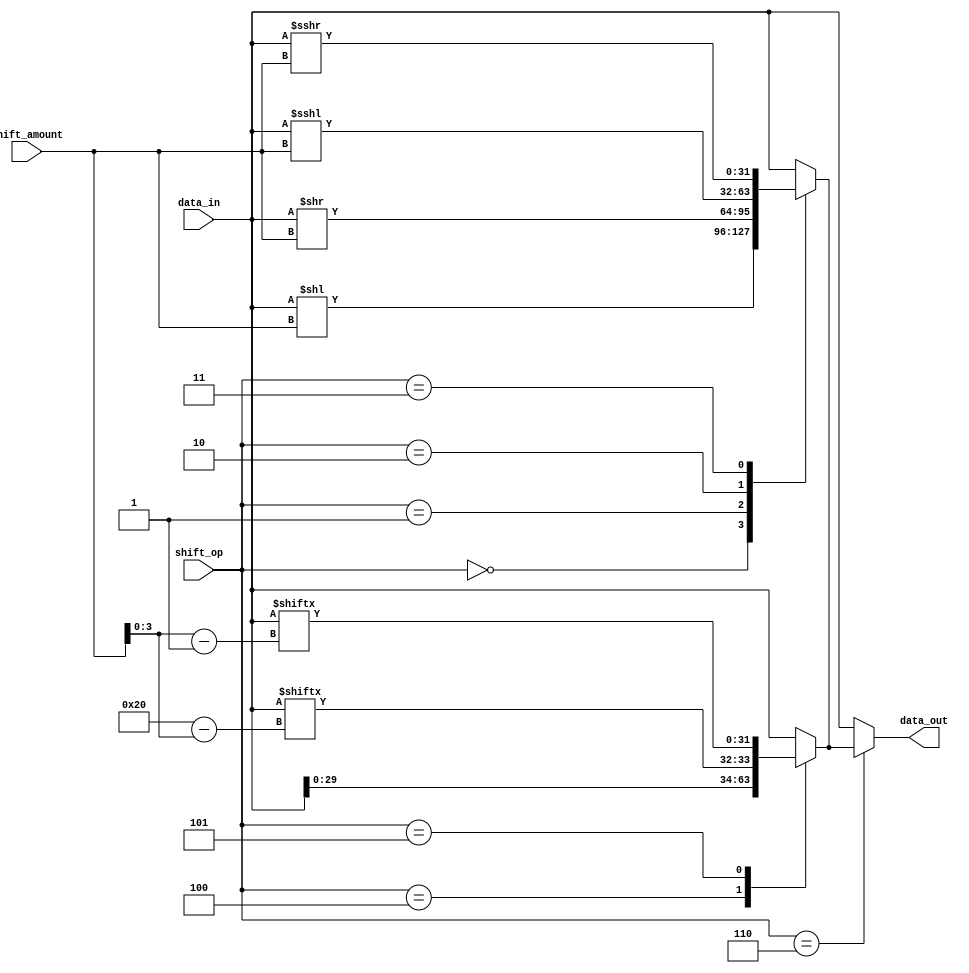
module SparseBarrelShifter(
    input [31:0] data_in,
    input [4:0] shift_amount,
    input [2:0] shift_op,
    output reg [31:0] data_out
);

// Input and output registers
reg [31:0] data_reg;
reg [31:0] shifted_data;

// Control unit
always @(*)
begin
    case(shift_op)
        3'b000: // Arithmetic left shift
            shifted_data = data_reg << shift_amount;
        3'b001: // Arithmetic right shift
            shifted_data = data_reg >> shift_amount;
        3'b010: // Logical left shift
            shifted_data = data_reg <<< shift_amount;
        3'b011: // Logical right shift
            shifted_data = data_reg >>> shift_amount;
        default: shifted_data = data_reg; // No shift
    endcase
end

// Barrel shifter unit
always @(*)
begin
    case(shift_op)
        3'b100: shifted_data = {data_reg[31-shift_amount[4-1:0]:0], data_reg[31:32-shift_amount[4-1:0]]};
        3'b101: shifted_data = {data_reg[shift_amount[4-1:0]:31], data_reg[31:shift_amount[4-1:0]-1]};
        default: shifted_data = data_reg;
    endcase
end

// Multiplexers to select shifted data
always @(*)
begin
    case(shift_op)
        3'b110: data_out = shifted_data;
        default: data_out = data_reg;
    endcase
end

// Initial register value
always @(*)
begin
    data_reg = data_in;
end

endmodule